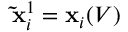
\mathbf { \tilde { x } } _ { i } ^ { 1 } = \mathbf { x } _ { i } ( V )